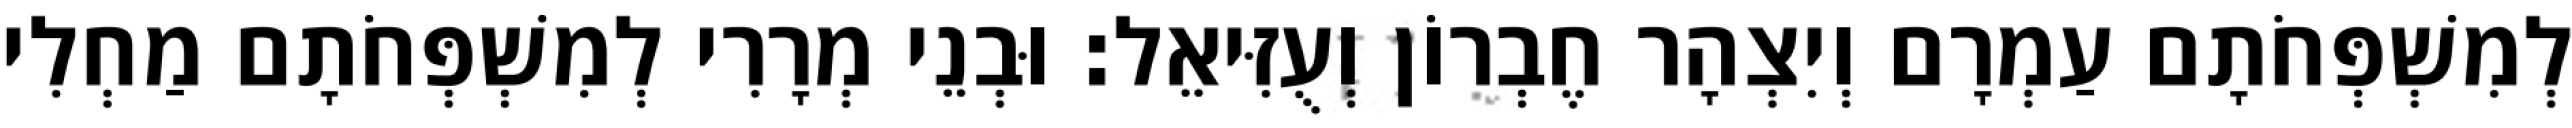
לְמִשְׁפְּחֹתָם עַמְרָם וְיִצְהָר חֶבְרוֹן וְעֻזִּיאֵל׃ וּבְנֵי מְרָרִי לְמִשְׁפְּחֹתָם מַחְלִי